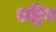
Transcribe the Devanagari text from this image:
एद्विन